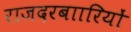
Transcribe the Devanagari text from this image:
राजदरबाारियों